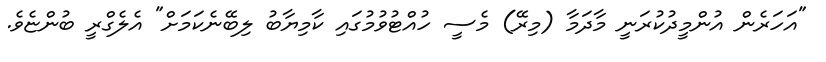
"އަހަރެން އުންމީދުކުރަނީ މާދަމާ (މިރޭ) މެސީ ހުއްޓުވުމުގައި ކާމިޔާބު ލިބޭނެކަމަށް" އެލެގްރީ ބުންޏެވެ.